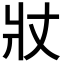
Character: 𭶾